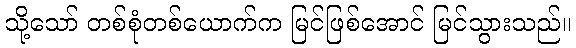
သို့သော် တစ်စုံတစ်ယောက်က မြင်ဖြစ်အောင် မြင်သွားသည်။